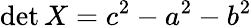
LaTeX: \operatorname*{\mathrm{d}\mathrm{e}t}X=c^{2}-a^{2}-b^{2}